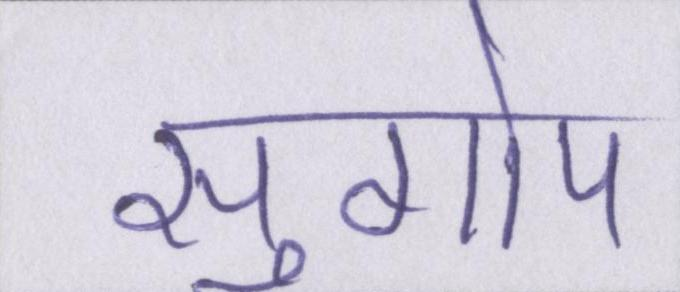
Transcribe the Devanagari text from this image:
सुगोप